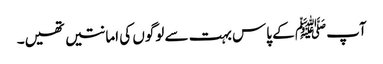
آپﷺ کے پاس بہت سے لوگوں کی امانتیں تھیں۔